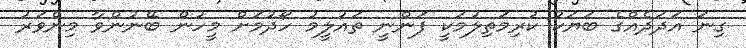
ގިނަ އަދަދެއްގެ ބަޔަކު ކުރިމަތިލުމަކީ ފަންނީ ތައުލީމު ހޯދުމަށް މީހުން ބޭނުންވާ މިންވަރު